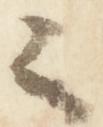
々